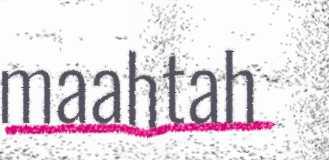
maahtah